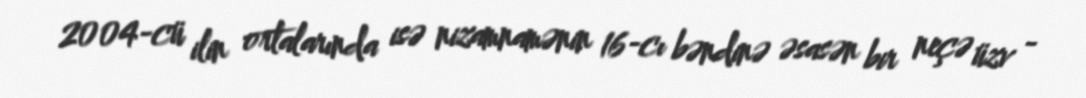
2004-cü ilin ortalarında isə nizamnamənin 16-cı bəndinə əsasən bir neçə üzv -